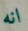
انه